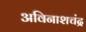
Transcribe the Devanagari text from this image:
अविनाशचंद्र